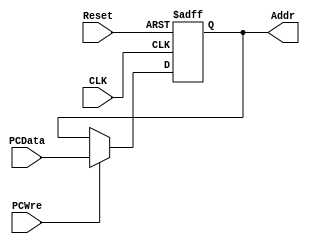
`timescale 1ns / 1ps
// 
module PC(
    input CLK,
    input Reset,// 0:PC0  1:
    input PCWre,// 0   1 
    input [31:0] PCData,
    output reg [31:0] Addr
);
    always@(negedge CLK or negedge Reset) begin
        if(Reset == 0)
            Addr = 0;
        else begin 
            if (PCWre == 0)
                Addr = Addr;
            else 
                Addr = PCData;
        end
    end
endmodule